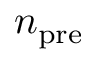
n _ { \mathrm { p r e } }